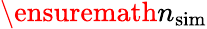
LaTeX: {\ensuremath{n_{\mathrm{sim}}}}